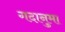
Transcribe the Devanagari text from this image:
गदानुमा